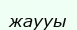
жаууы